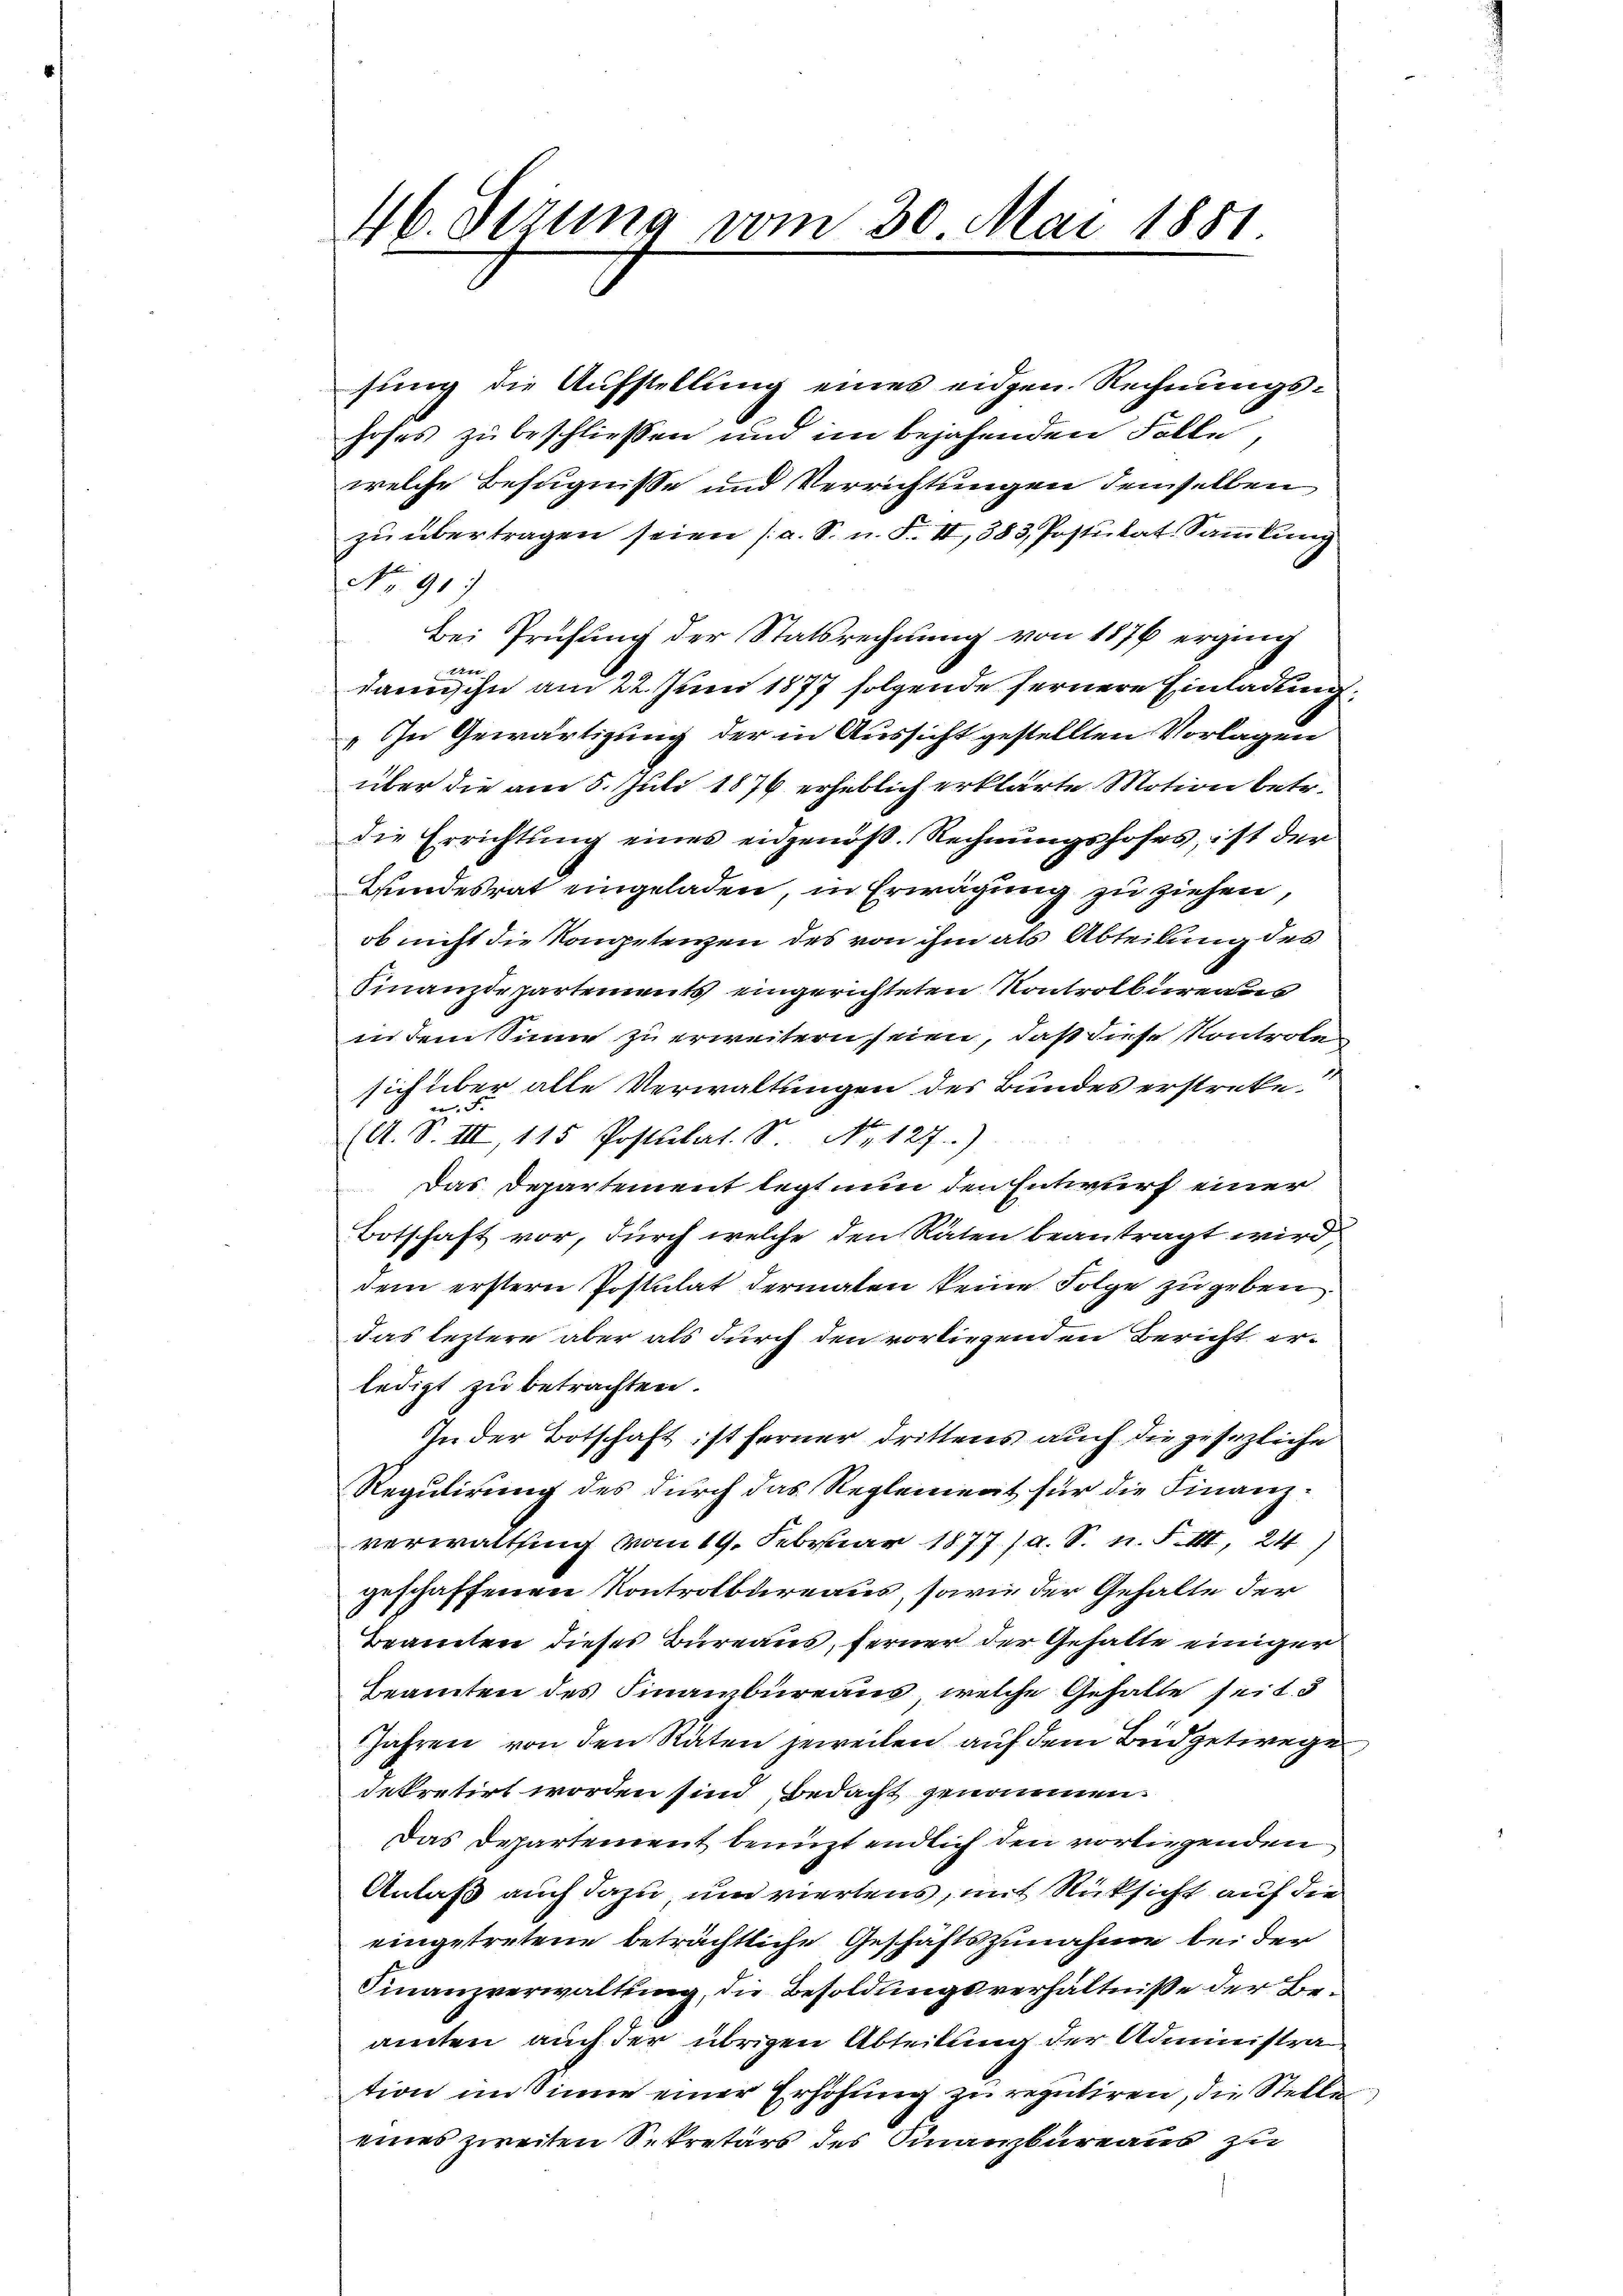
46. Derung vom 30. Mai 1881

sung die Aufstellung eines eidgen. Rechnungshohes zu beschliessen und im bejahenden Folle
welche Befugnisse und Verrichtungen demselben
zu übertragen seien (a. S. n. F. II, 383, Postulat Sammlung
No 91
Bei Prüfung der Statsrechnung von 1876 erging
1
dann ihn am 22. Juni 1877 folgende fernere Einladung,
„In Gewärtigung der in Aussicht gestellten Vorlagen
über die am 5. Juli 1876 erheblich erklärte Motion betr.
die Errichtung eines eidgenoß. Rechnungshofes, ist der
Bundesrat eingeladen, in Erwägung zu ziehen,
ob nicht die Kompetenzen des von ihm als Abteilung des
Finanzdepartements eingerichteten Kontrolbureaus
in dem Sinn zu erweitern seien, daß diese Kontrole
sich über alle Verwaltungen des Bundes erstreke.
I

(A. S. III, 115 Postulat. S. Nr. 127.
Das Departement legt nun den Entwurf einer
Botschaft vor, durch welche den Räten beantragt wird,
dem erstern Postulat dermalen keine Folge zu geben.
das leztere aber als durch den vorliegenden Bericht erledigt zu betrachten.
In der Botschaft ist ferner drittens auch die gesezliche
Regulirung des durch das Reglement für die Finanzverwaltsing vom 19. Februar 1877/A. S. n. F. III, 24)
geschaffenen Kontrolbureaus, sowie der Gehalte der
Beamten dieses Bureaus, ferner der Gehalte einiger
Beamten des Finanzbüreaus, welche Gehalte seit 5
Jahren von den Raten jeweilen auf dem Büdgetwege
dekretirt worden sind, bedacht genommen.
Das Departement benuzt endlich den vorliegenden
Anlaß auch dazu und viertens, mit Rücksicht auf die
eingetretene beträchtliche Geschäftszunahme bei der
Finanzverwaltung, die Besoldungsverhältnisse der Beamten auch der übrigen Abteilung der Administra
tion im Sinne einer Erhöhung zu reputiren, die Stelle
eines zweiten Sekretärs des Finanzbureaus zu